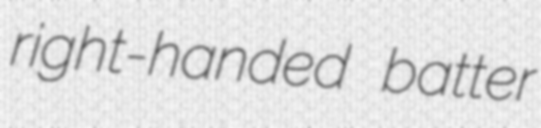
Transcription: right-handed batter